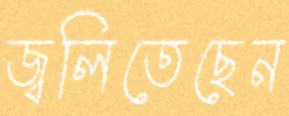
জ্বলিতেছেন